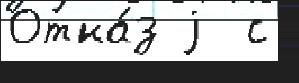
Отка́з j  с